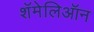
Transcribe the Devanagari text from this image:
शॅमेलिऑन